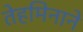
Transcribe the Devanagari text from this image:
तेहमिनाने